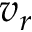
v _ { r }